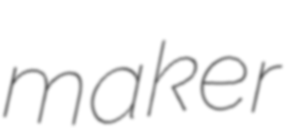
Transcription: maker